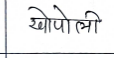
मजकूर: खोपोली